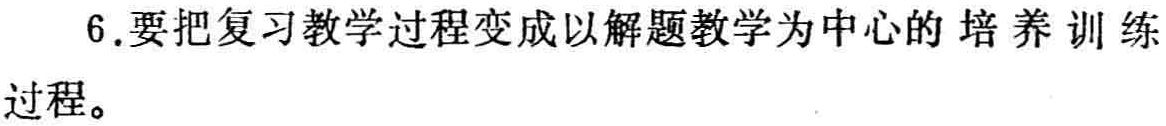
6.要把复习教学过程变成以解题教学为中心的 培养训练过程。